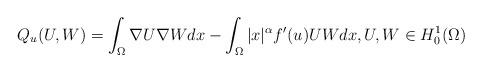
LaTeX: \begin{align*}Q_u(U,W) = \int_{\Omega} \nabla U \nabla W dx - \int_{\Omega} |x|^{\alpha} f'(u) UW dx, U,W \in H^1_0(\Omega)\end{align*}